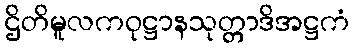
ဌိတိမူလကဝုဋ္ဌာနသုတ္တာဒိအဋ္ဌကံ